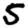
Digit: 5